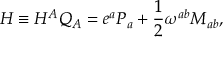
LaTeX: H \equiv H ^ { A } Q _ { A } = e ^ { a } P _ { a } + \frac { 1 } { 2 } \omega ^ { a b } M _ { a b } ,